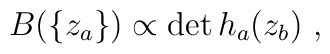
B(\{ z_a \} ) \propto \det h_a(z_b)\ ,